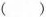
( )